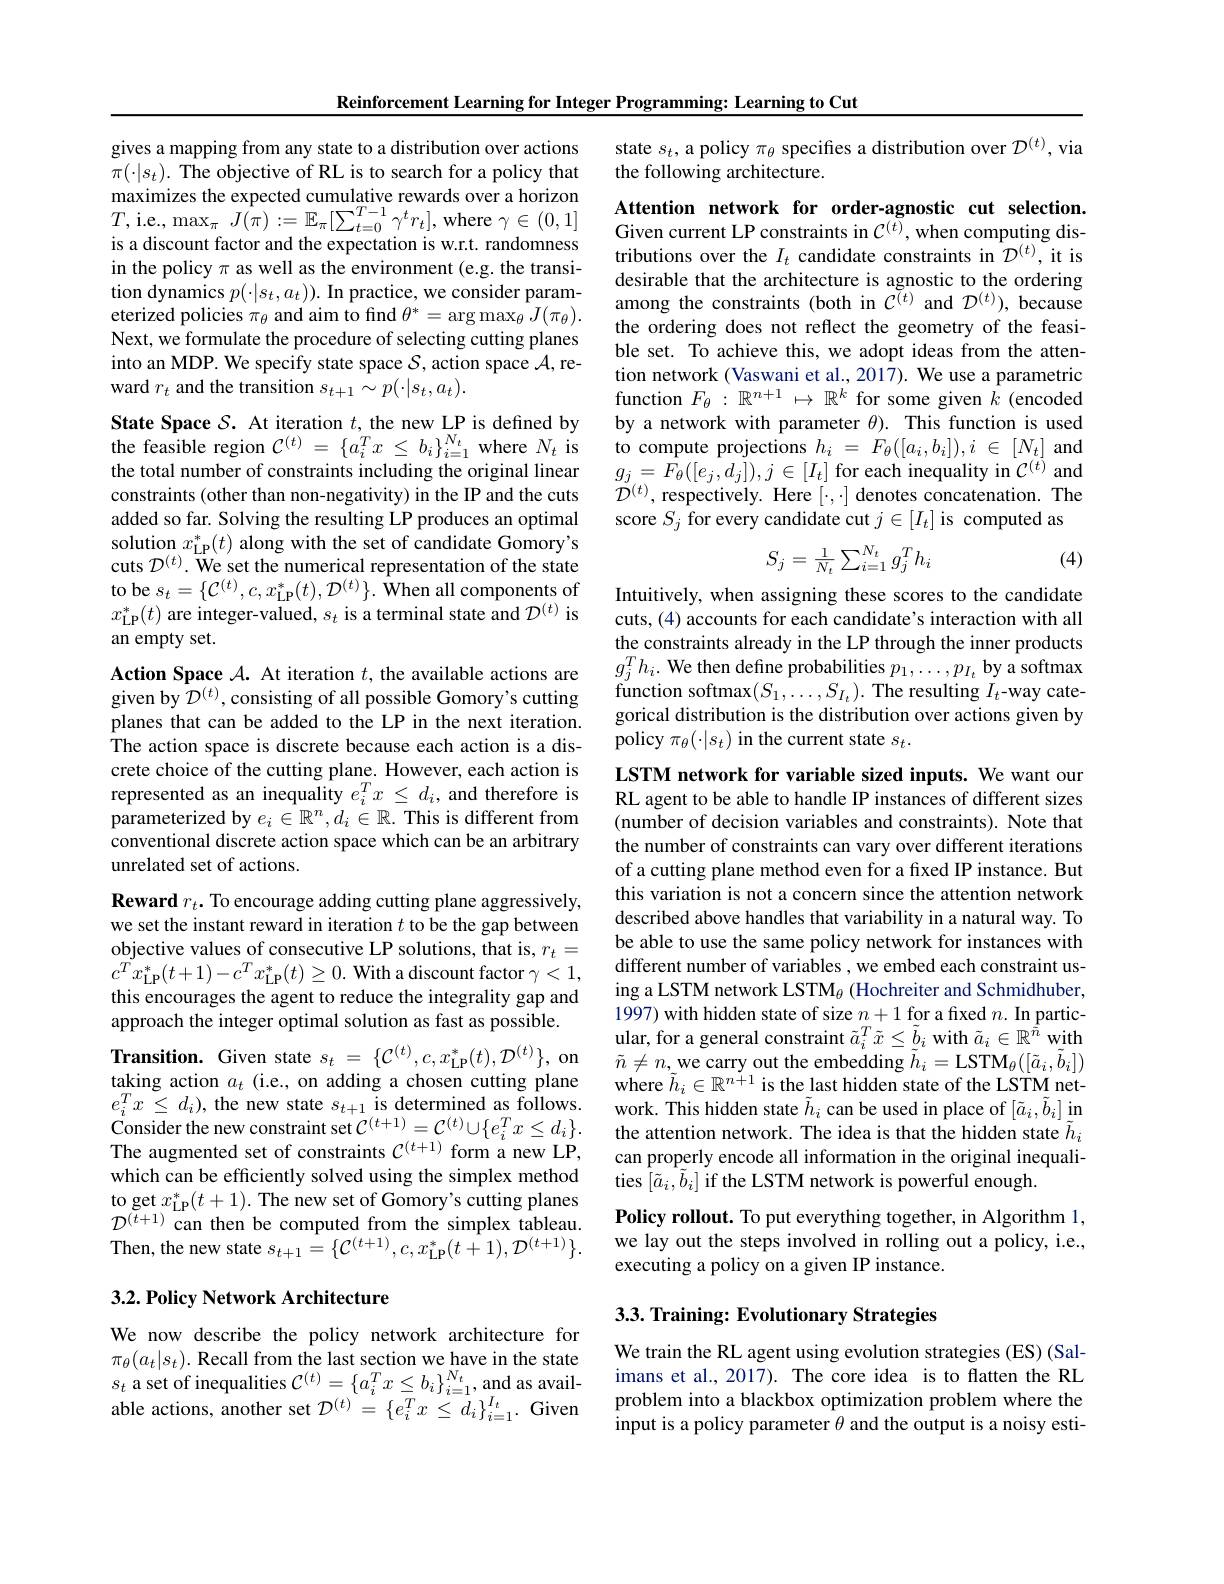
Reinforcement Learning for Integer Programming: Learning to Cut

which can be efficiently solved using the simplex method

$\begin{array}{l}{\mathrm{to~get~}x_{\mathrm{LP}}^{*}(t+1).\text{ The new set of Gomory's cutting planes}}\\{\mathcal{D}^{(t+1)}\text{can then be computed from the simplex tableau.}}\\{\mathrm{T}^{(t+1)}\text{can then be computed from the simplex tableau.}}\end{array}$

Then, the new state $s_t+1=\{\mathcal{C}^{(t+1)},c,x_{\mathrm{LP}}^{*}(t+1),\mathcal{D}^{(t+1)}\}.$

## 3.2. Policy Network Architecture

We now describe the policy network architecture for $\pi_{\theta}(a_{t}|s_{t}).$ Recall from the last section we have in the state $s_{t}$ a set of inequalities $\mathcal{C}^(t)=\{a_{i}^{T}x\leq b_{i}\}_{i=1}^{N_{t}}$, and as available actions, another set $\mathcal{D}^{(t)}=\{e_{i}^{T}x\leq d_{i}\}_{i=1}^{I_{t}}.$ Given

gives a mapping from any state to a distribution over actions $\pi(\cdot|s_{t}).$ The objective of RL is to search for a policy that maximizes the expected cumulative rewards over a horizon $T, \mathrm{i. e. , ~max}_{\pi }J( \pi ) : = \mathbb{E} _{\pi }[ \sum _{t= 0}^{T- 1}\gamma ^{t}r_{t}] $, where $\gamma \in ( 0, 1]$Attention network for order- agnostic cut selection. is adiscount factor and the expectation is wrt randomness
is a discount factor and the expectation is w.r.t. randomness in the policy $\pi$ as well as the environment (e.g. the transition dynamics $p( \cdot | s_{t}, a_{t}) ) . \textbf{In practice, we consider param- }$ eterized policies $\pi_\theta$ and aim to find $\theta^*=\arg\max_\theta J(\pi_\theta).$ Next, we formulate the procedure of selecting cutting planes into an MDP. We specify state space $\mathcal{S}$, action space $\mathcal{A}$,reward $r_t$ and the transition $s_t+1\sim p(\cdot|s_t,a_t).$

constraints (other than non-negativity) in the IP and the cuts added so far. Solving the resulting LP produces an optimal solution $x_{\mathrm{LP}}^{*}(t)$ along with the set of candidate Gomory's cuts $\mathcal{D}^{(t)}.$ We set the numerical representation of the state to be $s_t=\{\mathcal{C}^{(t)},c,x_{\mathrm{LP}}^{*}(t),\mathcal{D}^{(t)}\}.$ $\hat{\text{When all components of}}$ $x_{\mathrm{LP}}^{*}(t)$ are integer-valued, $s_t$ is a terminal state and $\mathcal D^(t)$ is an empty set.

Action Space $\mathcal{A}.$ At iteration $t$, the available actions are given by $\mathcal{D}^{(t)}$,consisting of all possible Gomory's cutting planes that can be added to the LP in the next iteration. The action space is discrete because each action is a discrete choice of the cutting plane. However, each action is represented as an inequality $e_i^Tx\leq d_i$, and therefore is parameterized by $e_i\in\mathbb{R}^n,d_i\in\mathbb{R}.$ This is different from conventional discrete action space which can be an arbitrary unrelated set of actions.

$\textbf{Reward }r_{t}.$ To encourage adding cutting plane aggressively,

we set the instant reward in iteration $t$ to be the gap between

objective values of consecutive LP solutions, that is, $r_t=$

$c^{T}x_{\mathrm{LP}}^{*}(t+1)-c^{T}x_{\mathrm{LP}}^{*}(t)\geq0.$ With a discount factor $\gamma<1$,

this encourages the agent to reduce the integrality gap and

approach the integer optimal solution as fast as possible.

Transition. Given state $s_t=\{\mathcal{C}^{(t)},c,x_{\mathrm{LP}}^{*}(t),\mathcal{D}^{(t)}\}$, on

taking action $a_t$ (i.e., on adding a chosen cutting plane

state $s_t$, a policy $\pi_\theta$ specifies a distribution over $\mathcal{D}^(t)$, via
the following architecture.

tributions over the $I_t$ candidate constraints in $\mathcal{D}^{(t)}$, it is desirable that the architecture is agnostic to the ordering among the constraints (both in $\bar{\mathcal{C}}^{(t)}$ and $\mathcal{D}^(t))$, because the ordering does not reflect the geometry of the feasible set. To achieve this, we adopt ideas from the attention network (Vaswani et al., 2017). We use a parametric function $F_\theta:\stackrel{'}{\operatorname*{R}}^{n+1}\mapsto\mathbb{R}^{k^{'}}$ for some given $\hat{k}$ (encoded
State Space $S.$ At iteration $t$,the new LP is defined by by a network with parameter $\theta).$ This function is used the feasible region $C^{(t)}=\{a_i^Tx\leq b_i\}_{i=1}^{N_t}$ where $N_t$ is to compute projections $h_i=F_\theta([a_i,b_i]),i\in[N_t]$ and the total n
$\mathcal{D}^{(t)}$, respectively. Here $[\cdot,\cdot]$ denotes concatenation. The
score $S_j$ for every candidate cut $j\in[I_t]$ is computed as
$$S_j=\frac{1}{N_t}\sum_{i=1}^{N_t}g_j^Th_i$$
(4)

Intuitively, when assigning these scores to the candidate cuts, (4) accounts for each candidate's interaction with all the constraints already in the LP through the inner products $g_{j}^{T}h_{i}.$ We then define probabilities $p_1,\ldots,p_{I_{t}}$ by a softmax function softmax$(S_{1},\ldots,S_{I_{t}}).$The resulting $I_{t}$-way categorical distribution is the distribution over actions given by policy $\pi_\theta(\cdot|s_t)$ in the current state $s_t.$

LSTM network for variable sized inputs. We want our RL agent to be able to handle IP instances of different sizes (number of decision variables and constraints). Note that the number of constraints can vary over different iterations of a cutting plane method even for a fixed IP instance. But this variation is not a concern since the attention network described above handles that variability in a natural way. To be able to use the same policy network for instances with different number of variables , we embed each constraint using a LSTM network LSTM$_\theta$ (Hochreiter and Schmidhuber, 1997) with hidden state of size $n+1$ for a fixed $n.$ In particular, for a general constraint $\tilde{a}_i^T\tilde{x}\leq\tilde{b}_i$ with $\tilde{a}_i\in\mathbb{R}^{\tilde{\tilde{n}}}$ with $\tilde{n}\neq n$,we carry out the embedding $\tilde{h}_{i}=$LSTM$_\theta([\tilde{a}_{i},\tilde{b}_{i}])$ where $\tilde{h}_i\in\mathbb{R}^{n+1}$ is the last hidden state of the LSTM net-
$e_i^Tx\leq d_i)$, the new state $s_t+ 1\textbf{is determined as follows. }$ work. This hidden state $\tilde{h}_i$ can be used in place of $[\tilde{a}_i,\tilde{b}_i]$in Consider the new constraint set$C^{( t+ 1) }= \mathcal{C} ^{( t) }\cup \{ e_i^Tx\leq d_i\} .$ the attention network. The idea is that the h
ties $[\tilde{a}_{i},\tilde{b}_{i}]$ if the LSTM network is powerful enough.

Policy rollout. To put everything together, in Algorithm 1, we lay out the steps involved in rolling out a policy, i.e., executing a policy on a given IP instance.

## 3.3. Training: Evolutionary Strategies

We train the RL agent using evolution strategies (ES) (Salimans et al., 2017). The core idea is to flatten the RL problem into a blackbox optimization problem where the input is a policy parameter $\theta$ and the output is a noisy esti-